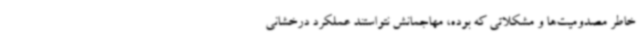
خاطر مصدومیت‌ها و مشکلاتی که بوده، مهاجمانش نتواستند عملکرد درخشانی